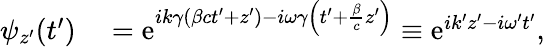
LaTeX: \begin{array}{rl}{\psi_{z^{\prime}}(t^{\prime})}&{{}=\mathrm{e}^{ik\gamma\left(\beta ct^{\prime}+z^{\prime}\right)-i\omega\gamma\left(t^{\prime}+\frac{\beta}{c}z^{\prime}\right)}\equiv\mathrm{e}^{ik^{\prime}z^{\prime}-i\omega^{\prime}t^{\prime}},}\end{array}